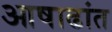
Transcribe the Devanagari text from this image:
आषाढांत